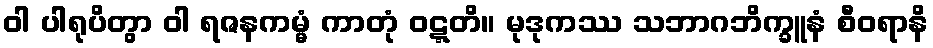
ဝါ ပါရုပိတွာ ဝါ ရဇနကမ္မံ ကာတုံ ဝဋ္ဋတိ။ မုဒုကဿ သဘာဂဘိက္ခူနံ စီဝရာနိ